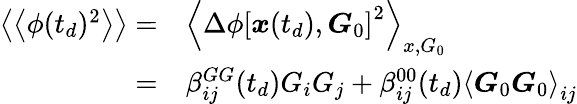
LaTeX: \begin{array}{rl}{\left\langle\left\langle\phi(t_{d})^{2}\right\rangle\right\rangle=}&{{}\left\langle\Delta\phi\left[\boldsymbol{x}(t_{d}),\boldsymbol{G}_{0}\right]^{2}\right\rangle_{x,G_{0}}}\\ {=}&{{}\beta_{ij}^{GG}(t_{d})G_{i}G_{j}+\beta_{ij}^{00}(t_{d})\left\langle\boldsymbol{G}_{0}\boldsymbol{G}_{0}\right\rangle_{ij}}\end{array}